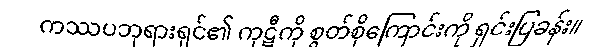
ကဿပဘုရားရှင်၏ ကုဋီကို စွတ်စိုကြောင်းကို ရှင်းပြခန်း။